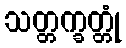
သတ္တက္ခတ္တုံ